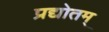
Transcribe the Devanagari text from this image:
प्रद्योतम्